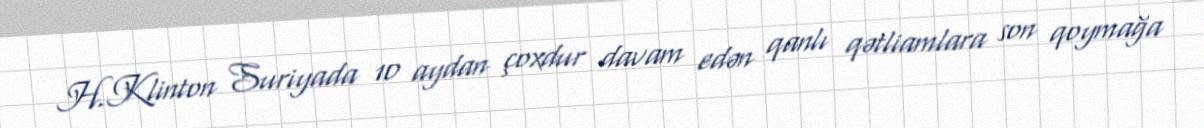
H.Klinton Suriyada 10 aydan çoxdur davam edən qanlı qətliamlara son qoymağa